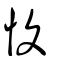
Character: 愎